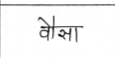
मजकूर: वौसा